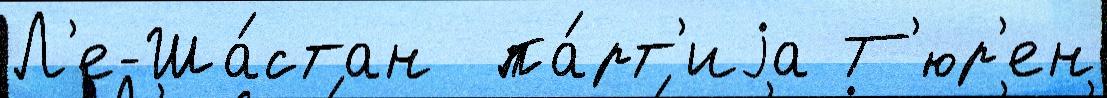
Л'е-Ша́стан  па́рт'иjа Т'юр'ен